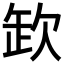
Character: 欫